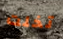
تخلت